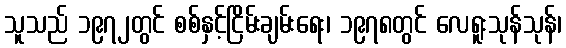
သူသည် ၁၉၇၂တွင် စစ်နှင့်ငြိမ်းချမ်းရေး၊ ၁၉၇၈တွင် လေရူးသုန်သုန်၊